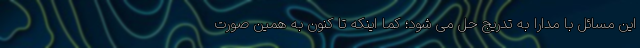
این مسائل با مدارا به تدریج حل می شود؛ کما اینکه تا کنون به همین صورت